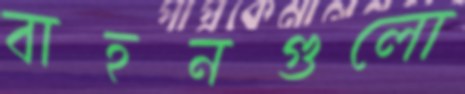
বাহনগুলো